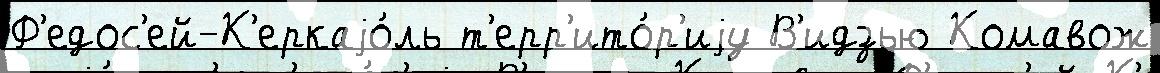
Ф'едос'ей-К'еркаjо́ль т'ерр'ито́р'иjу В'идзью Комавож